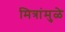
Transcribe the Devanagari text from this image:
मित्रांमुळे